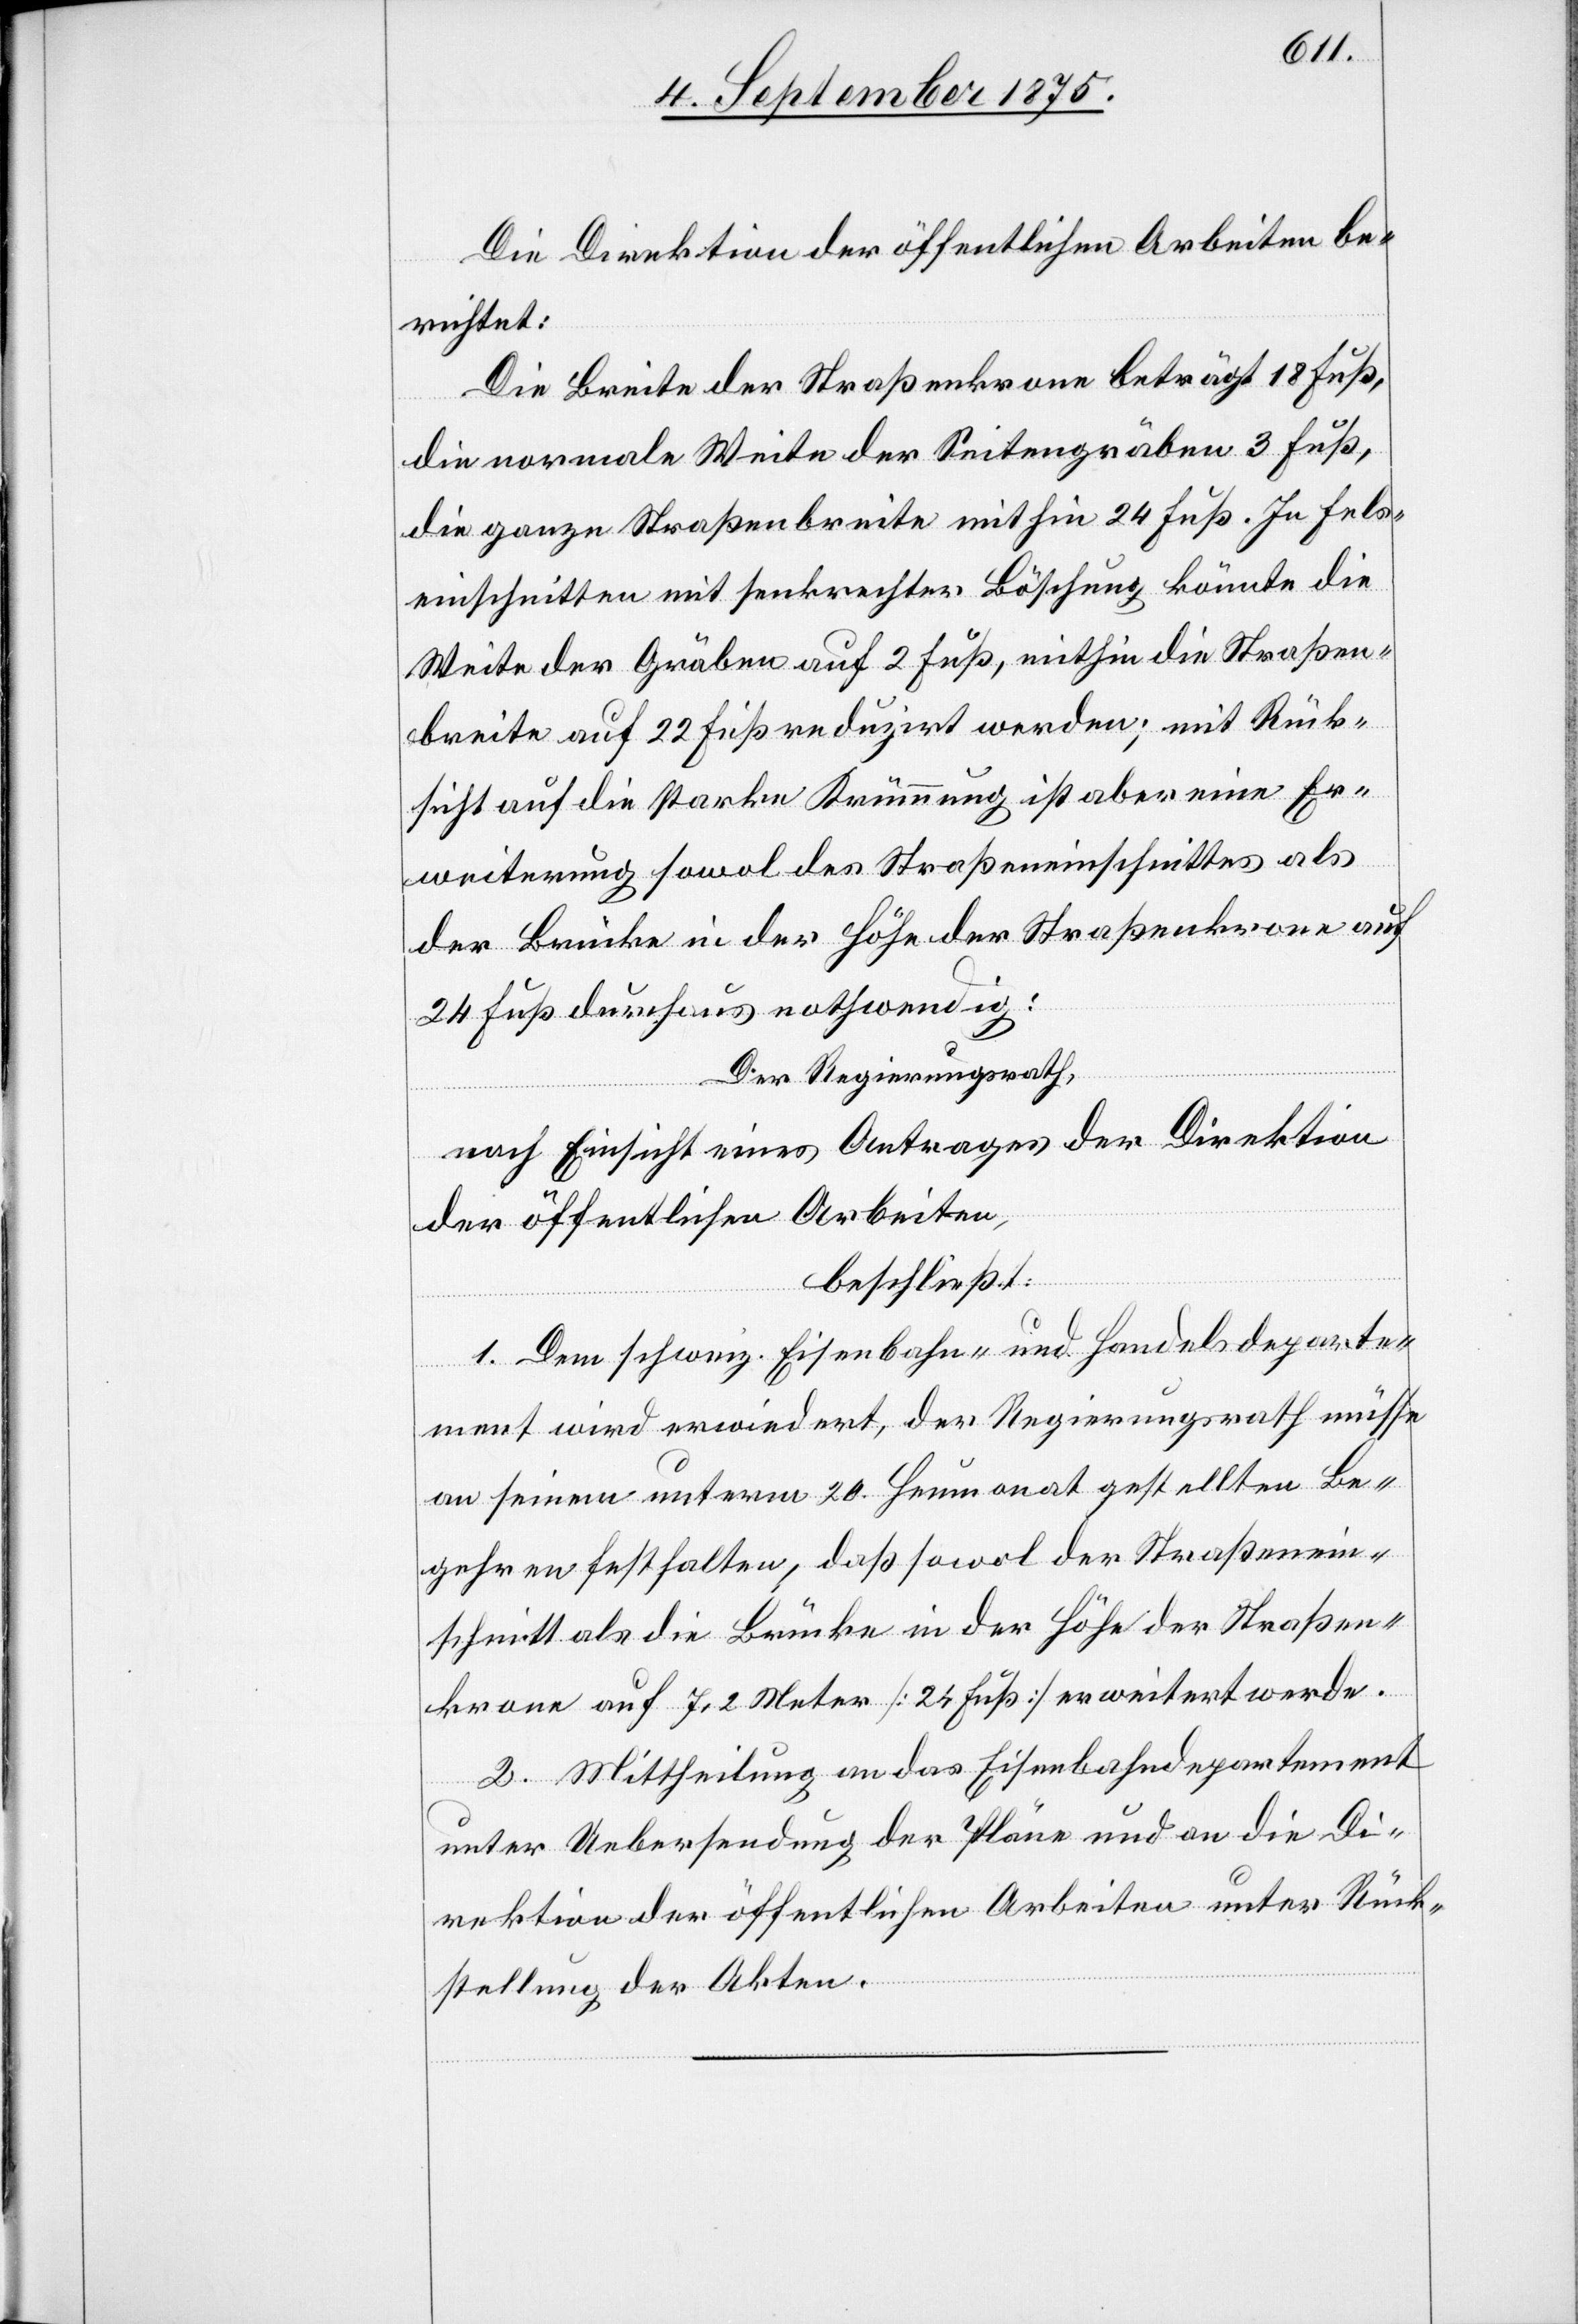
Die Direktion der öffentlichen Arbeiten be¬
richtet:
Die Breite der Straßenkrone beträgt 18 Fuß,
die normale Weite der Seitengräben 3 Fuß,
die ganze Straßenbreite mit hin 24 Fuß. In Fels¬
einschnitten mit senkrechter Böschung könnte die
Weite der Gräben auf 2 Fuß, mithin die Straßen¬
breite auf 22 Fuß reduzirt werden; mit Rück¬
sicht auf die starke Krümmung ist aber eine Er¬
weiterung sowol des Straßeneinschnittes als
der Brücke in der Höhe der Straßenkrone auf
24 Fuß durchaus nothwendig:
Der Regierungsrath,
nach Einsicht eines Antrages der Direktion
der öffentlichen Arbeiten,
beschließt:
1. Dem schweiz. Eisenbahn- und Handelsdeparte¬
ment wird erwiedert, der Regierungsrath müsse
an seinem unterm 20. Heumonat gestellten Be¬
gehren festhalten, daß sowol der Straßen¬
krone auf 7,2 Meter [24 Fuß] erweitert werde.
2. Mittheilung an das Eisenbahndepartement
unter Uebersendung der Pläne und an die Di¬
rektion der öffentlichen Arbeiten unter Rück¬
stellung der Akten.